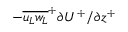
- { { \overline { { { u _ { L } } { w _ { L } } } } } ^ { + } } { { \partial } U ^ { + } / { \partial } z ^ { + } }